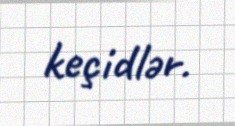
keçidlər.